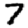
Digit: 7